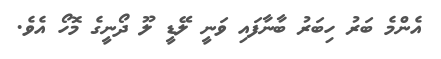
އެންމެ ބަރު ހިބަރު ބާނާފައި ވަނީ ލޭޑީ ލޫ ދޯނީގެ މޮހޯ އެވެ.